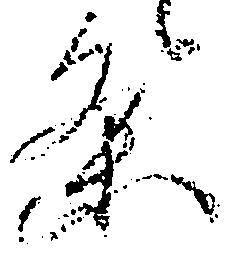
条